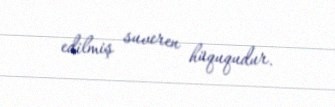
edilmiş suveren hüququdur.